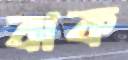
ঝক